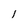
Character: 1